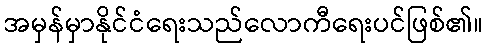
အမှန်မှာနိုင်ငံရေးသည်လောကီရေးပင်ဖြစ်၏။